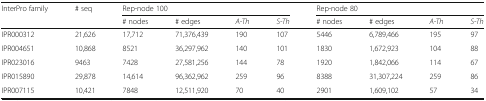
<table><thead><tr><td rowspan="2"><b>InterPro family</b></td><td rowspan="2"><b># seq</b></td><td colspan="4"><b>Rep-node 100</b></td><td colspan="4"><b>Rep-node 80</b></td></tr><tr><td><b># nodes</b></td><td><b># edges</b></td><td><b><i>A-Th</i></b></td><td><b><i>S-Th</i></b></td><td><b># nodes</b></td><td><b># edges</b></td><td><b><i>A-Th</i></b></td><td><b><i>S-Th</i></b></td></tr></thead><tbody><tr><td>IPR000312</td><td>21,626</td><td>17,712</td><td>71,376,439</td><td>190</td><td>107</td><td>5446</td><td>6,789,466</td><td>195</td><td>97</td></tr><tr><td>IPR004651</td><td>10,868</td><td>8521</td><td>36,297,962</td><td>140</td><td>101</td><td>1830</td><td>1,672,923</td><td>104</td><td>88</td></tr><tr><td>IPR023016</td><td>9463</td><td>7428</td><td>27,581,256</td><td>144</td><td>78</td><td>1920</td><td>1,842,066</td><td>114</td><td>67</td></tr><tr><td>IPR015890</td><td>29,878</td><td>14,614</td><td>96,362,962</td><td>259</td><td>96</td><td>8388</td><td>31,307,224</td><td>259</td><td>86</td></tr><tr><td>IPR007115</td><td>10,421</td><td>7848</td><td>12,511,920</td><td>70</td><td>40</td><td>2901</td><td>1,609,102</td><td>57</td><td>34</td></tr></tbody></table>